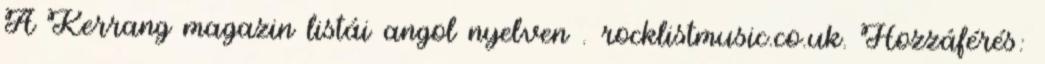
A Kerrang magazin listái angol nyelven . rocklistmusic.co.uk. Hozzáférés: